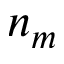
n _ { m }